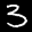
Label: 3